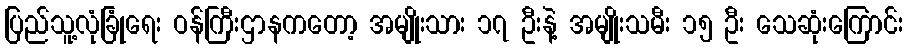
ပြည်သူ့လုံခြုံရေး ဝန်ကြီးဌာနကတော့ အမျိုးသား ၁၇ ဦးနဲ့ အမျိုးသမီး ၁၅ ဦး သေဆုံးကြောင်း